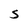
Character: S